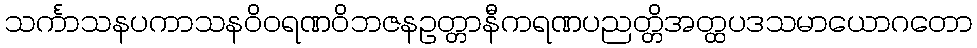
သင်္ကာသနပကာသနဝိဝရဏဝိဘဇနဥတ္တာနီကရဏပညတ္တိအတ္ထပဒသမာယောဂတော